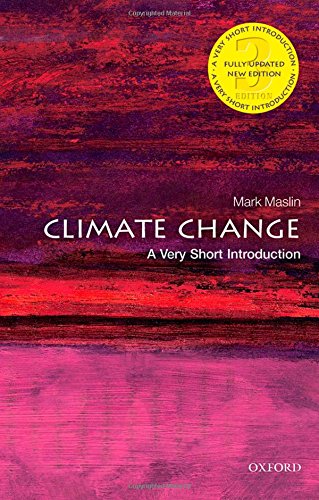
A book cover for Climate Change: A Very Short Introduction (Very Short Introductions); Mark Maslin; Science & Math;